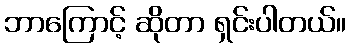
ဘာကြောင့် ဆိုတာ ရှင်းပါတယ်။